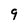
Character: 9